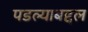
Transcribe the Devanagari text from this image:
पडल्याबद्दल